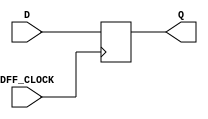
`timescale 1ns / 1ps
//////////////////////////////////////////////////////////////////////////////////
// Company: 
// Engineer: 
// 
// Design Name: 
// Module Name: dff
// Project Name: 
// Target Devices: 
// Tool Versions: 
// Description: 
// 
// Dependencies: 
// 
// Revision:
// Revision 0.01 - File Created
// Additional Comments:
// 
//////////////////////////////////////////////////////////////////////////////////


module dff(input DFF_CLOCK, D, output reg Q = 0);  
     always @ (posedge DFF_CLOCK) begin        
      Q <= D;    
       end 
 endmodule